Annual report on the health of the army in India
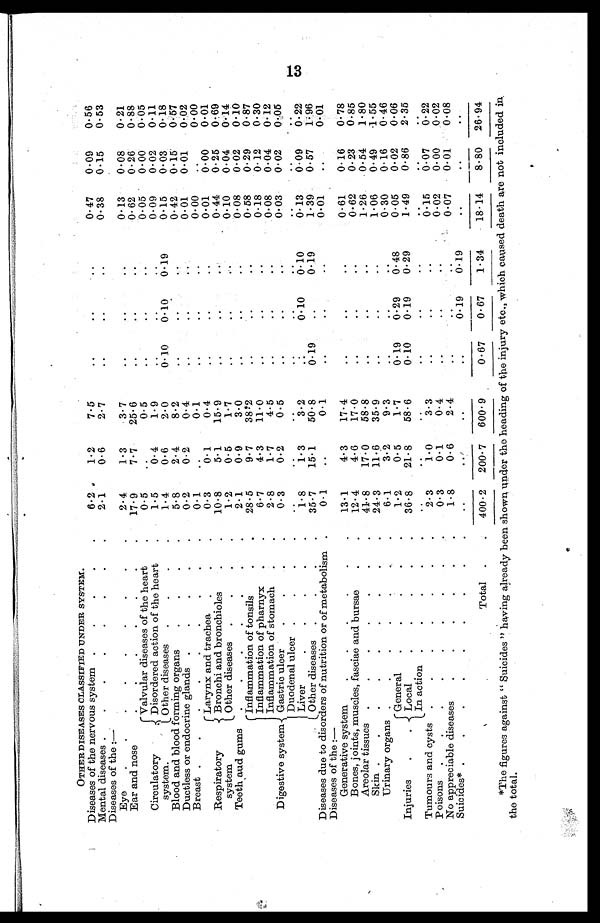
OTHER DISEASES CLASSIFIED UNDER SYSTEM.
Diseases of the nervous system .
. . . .
6.2
1 . 2
7.5
..
..
0.47
0.09
0.56
Mental diseases
.
.
.
.
.
.
.
2.1
0.6
2.7
..
..
..
0.38
0.15
0.53
Diseases of the :—
Eye
.
.
.
.
.
.
.
.
.
2.4
1.3
3.7
..
0.13
0.08
0.21
Ear and nose
. . . . . . .
17.9
7.7
25.6
..
..
0.62
0.26
0.88
Circulatory
system.
Valvular diseases of the heart
.
0.5
..
0.5
..
..
..
0.05
0.00
0.05
Disordered action of the heart
.
1.5
0.4
1.9
. .
0.09
0.02
0.11
Other diseases
.
.
.
.
1.4
0.6
2.0
0.10
0.10
0.19
0.15
0.03
0.18
Blood and blood forming organs
.
.
.
.
5.8
2.4
8.2
..
..
..
0.42
0.15
0.57
Ductless or endocrine glands .
.
.
.
.
0.2
0.2
0.4
..
. .
0.01
0.01
0.02
Breast .
.
.
.
.
. . . .
0.1
..
0.1
..
..
..
0.00
..
0.00
Respiratory
system
Larynx and trachea .
.
.
0.3
0.1
0.4
..
0.01
0.00
0.01
Bronchi and bronchioles
.
.
10.8
5.1
15.9
..
..
0.44
0.25
0.69
Other diseases .
.
.
.
1.2
0.5
1.7
..
..
0 10
0 04
0.14
Teeth and gums
.
. . . . . .
2.1
0.9
3.0
..
..
0.08
0.02
0.10
Digestive system
Inflammation of tonsils
. .
28.5
9.7
38 2
..
..
..
0.58
0.29
0.87
Inflammation of pharnyx
.
.
6.7
4.3
11.0
..
..
. .
0.18
0.12
0.30
Inflammation of stomach
.
.
2.8
1.7
4.5
. .
..
. .
0.08
0.04
0.12
Gastric ulcer
.
.
.
0.3
0.2
0.5
..
..
0.03
0.02 0.05
Duodenal ulcer .
.
.
.
.
. .
. .
•
Liver
.
. .
.
1.8
1.3
3.2
0.10
0 10
0 13
0 09
0.22
Other diseases .
.
.
.
35.7
15.1
50.8
0.19
..
0.19
1 . 3 9 . 0.57
1.96
Diseases due to disorders of nutrition or of metabolism .
0.1
..
0.1
..
..
..
0.01
..
0.01
Diseases of the
:—
Generative system.
.
.
.
.
13.1
4.3
17.4
..
..
..
0.61
0.16
0.78
Bones, joints, muscles, fasciae and bursae
.
.
12.4
4.6
17.0
..
..
..
0.62
0.23
0.85
Areolar tissues .
.
.
.
.
.
.
41.8
17.0
58.8
..
..
..
1.26
0.54
1.80
Skin •
. . • . . . . .
24.3
11.6
35.9
. .
..
..
1.06
0.49
.1.55
Urinary organs
. . . . . .
6.1
3.2
9
. .
. .
. .
0.30
0.16
0.46
Injuries
.
General
. . . . .
1.2
0.5
1.7
0.19
0.29
0.48
0.05
0.02
0.06
Local
•
.
.
.
.
36.8
21.8
58.6
0.10
0.19
0.29
1.49
0.86
2.35
In action . . .
. .
. .
..
..
..
..
. .
. .
Tumours and cysts .
.
.
.
.
.
.
2.3
1.0
3.3
..
..
0.15
0.07
0.22
P oisons.
.
.
. . . . .
0.3
0.1
0.4
. .
. .
. .
0.020.00
0.02
No appreciable diseases
.
.
.
.
.
.
1.8
0.6
2.4
..
..
0.07
0.01
0.08
Suicides* .
.
.
.
.
. .
. .
..
..
0.19
0.19
..
..
. .
Total .
.
400 . 2 200.7 600 . 9
0.67
0.67
1.34
18.14
8.80 26.94
13
*The figures against " Suicides " having already been shown under the heading of the injury etc., which caused death are not included in.
the total.